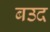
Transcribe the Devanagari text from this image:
बउद